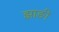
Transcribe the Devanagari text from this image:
झाङी